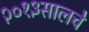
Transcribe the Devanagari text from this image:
२०१३सालचेे